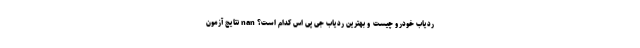
ردیاب خودرو چیست و بهترین ردیاب جی پی اس کدام است؟ nan نتایج آزمون